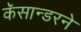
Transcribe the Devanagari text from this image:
कॅसान्डरने